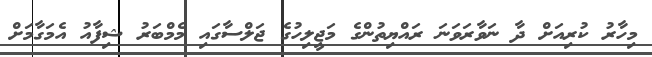
މިހާރު ކުރިއަށް ދާ ނަވާރަވަނަ ރައްޔިތުންގެ މަޖީލިހުގެ ޖަލްސާގައި މެމްބަރު ޝިފާއު އެމަގާމަށް